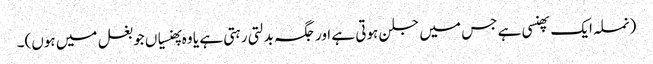
(نملہ ایک پھنسی ہے جس میں جلن ہوتی ہے اور جگہ بدلتی رہتی ہے یا وہ پھنسیاں جو بغل میں ہوں)۔